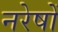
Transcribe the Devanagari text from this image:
नरेषों